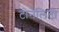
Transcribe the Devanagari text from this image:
टोनेलिटी